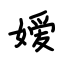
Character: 嫒